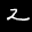
Label: 2